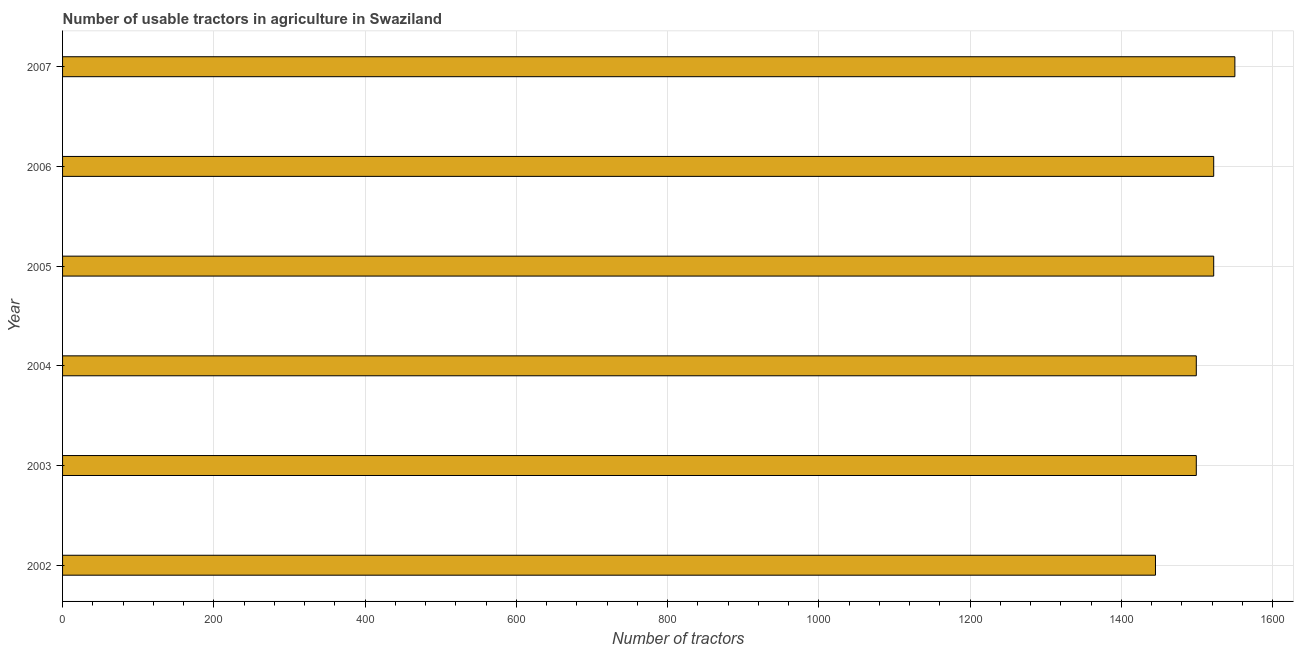
| Year | Agricultural machinery |
 | --- | --- |
 | 2002 | 1.44e+03 |
 | 2003 | 1.5e+03 |
 | 2004 | 1.5e+03 |
 | 2005 | 1.52e+03 |
 | 2006 | 1.52e+03 |
 | 2007 | 1.55e+03 |